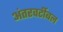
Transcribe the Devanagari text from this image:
अंतरवर्टीबल